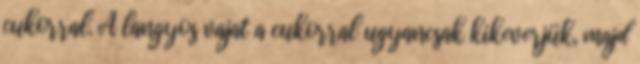
cukorral. A langyos vajat a cukorral ugyancsak kikeverjük, majd